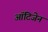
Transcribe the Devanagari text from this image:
ऑटिजेन